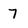
Character: 7